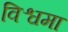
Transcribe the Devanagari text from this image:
विश्वमा